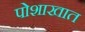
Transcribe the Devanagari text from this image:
पोशाखात